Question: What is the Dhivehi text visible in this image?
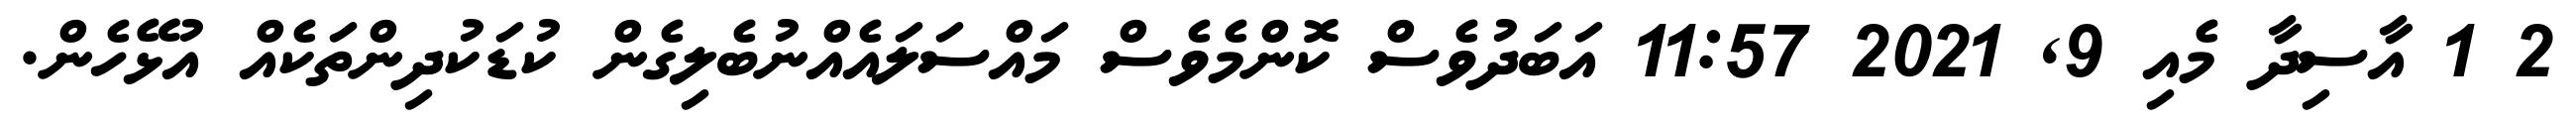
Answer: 2 1 އާސިދާ މެއި 9, 2021 11:57 އަބަދުވެސް ކޮންމެވެސް މައްސަލައެއްނުބެލިގެން ކުޑަކުދިންތަކެއް އުޅޭހެން.